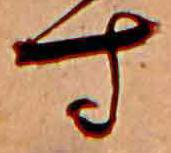
す